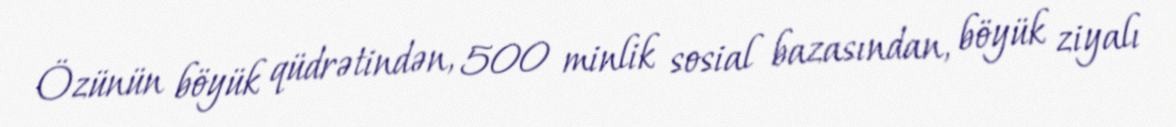
Özünün böyük qüdrətindən, 500 minlik sosial bazasından, böyük ziyalı